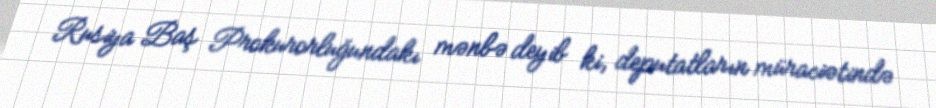
Rusiya Baş Prokurorluğundakı mənbə deyib ki, deputatların müraciətində